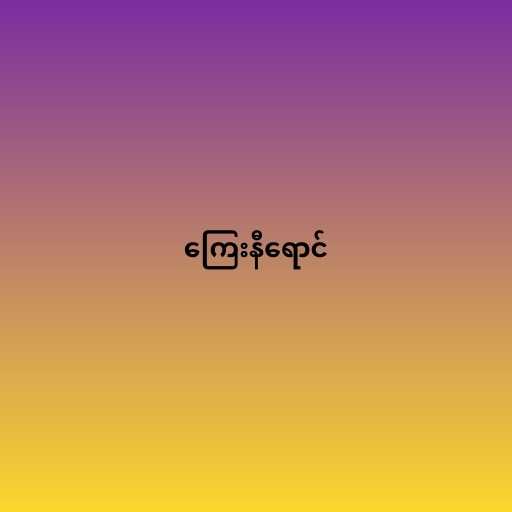
ကြေးနီရောင်